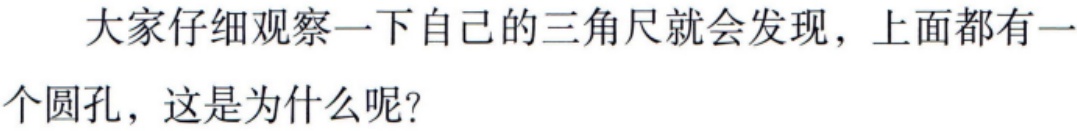
大家仔细观察一下自己的三角尺就会发现，上面都有一个圆孔，这是为什么呢？